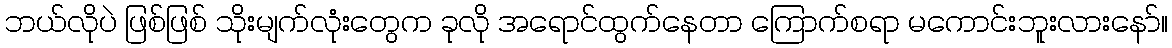
ဘယ်လိုပဲ ဖြစ်ဖြစ် သိုးမျက်လုံးတွေက ခုလို အရောင်ထွက်နေတာ ကြောက်စရာ မကောင်းဘူးလားနော်။